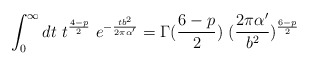
\begin{align*}\int_0^\infty dt~t^{4-p\over 2}~e^{-{tb^2\over 2\pi\alpha^\prime}}=\Gamma({6-p\over 2})~({2\pi\alpha^\prime\over b^2})^{6-p\over 2}\end{align*}